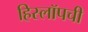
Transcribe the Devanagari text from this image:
हिस्लॉपची